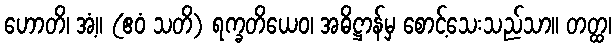
ဟောတိ၊ အံ့။ (ဧဝံ သတိ) ရက္ခတိယေဝ၊ အဓိဋ္ဌာန်မှ စောင့်သေးသည်သာ။ တတ္ထ၊